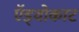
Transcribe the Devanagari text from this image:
ऍड्वोकाट